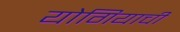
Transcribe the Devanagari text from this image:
योगियाची